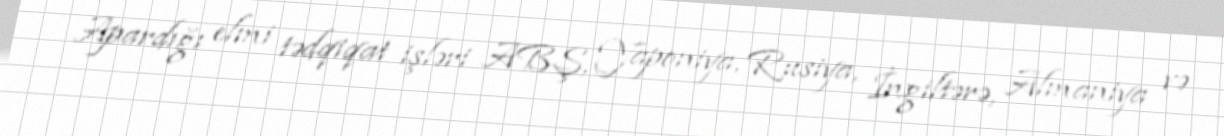
Apardığı elmi tədqiqat işləri ABŞ, Yaponiya, Rusiya, İngiltərə, Almaniya və